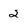
Character: 2